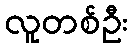
လူတစ်ဦး